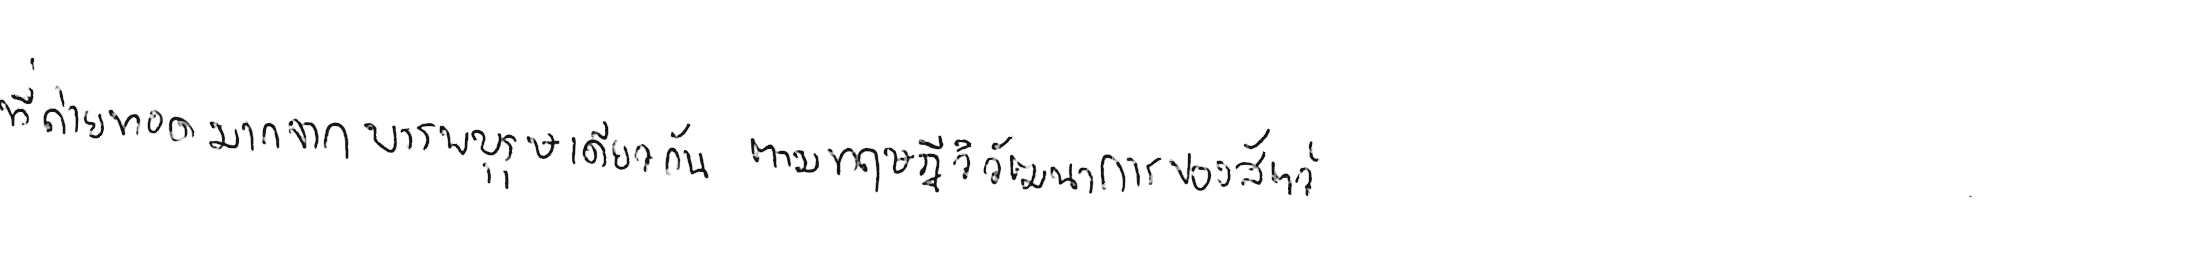
ที่ถ่ายทอดมาจากบรรพบุรุษเดียวกัน ตามทฤษฎีวิวัฒนาการของสัตว์